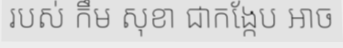
របស់ កឹម សុខា ជាកង្កែប អាច